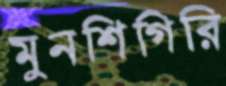
মুনশিগিরি